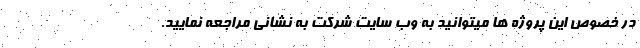
در خصوص این پروژه ها میتوانید به وب سایت شرکت به نشانی مراجعه نمایید.